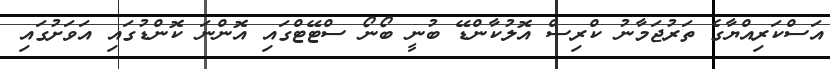
އަސްކަރިއްޔާގެ ތަރުޖަމާނު ކްރިސް އޮލުކާންޑޭ ބުނީ ބޯނޯ ސްޓޭޓްގައި އޮންނަ ކޮންޑުގައި އަވަށުގައި